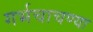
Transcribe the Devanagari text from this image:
गर्भचाचण्या